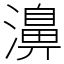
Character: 濞